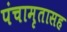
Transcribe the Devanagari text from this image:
पंचामृतासह